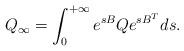
LaTeX: \begin{align*}Q_{\infty}=\int_0^{+\infty}e^{sB}Qe^{sB^T}ds.\end{align*}